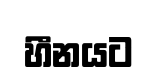
හීනයට